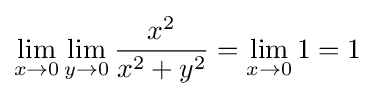
\lim _{x\to 0}\lim _{y\to 0}{\frac {x^{2}}{x^{2}+y^{2}}}=\lim _{x\to 0}1=1